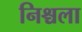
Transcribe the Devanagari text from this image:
निश्चला